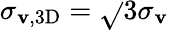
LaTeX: \sigma_{\mathbf{v},3\mathrm{{D}}}=\sqrt{}{{3}}\sigma_{\mathbf{v}}